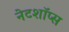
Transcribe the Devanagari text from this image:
नेटशॉप्स